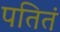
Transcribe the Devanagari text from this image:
पतितं